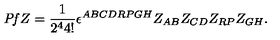
{ \it P f } Z = { \frac { 1 } { 2 ^ { 4 } 4 ! } } \epsilon ^ { A B C D R P G H } Z _ { A B } Z _ { C D } Z _ { R P } Z _ { G H } .